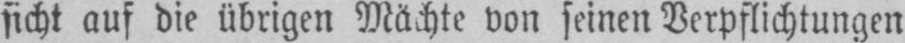
sicht auf die übrigen Mächte von seinen Verpflichtungen